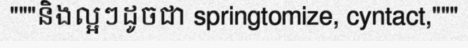
"""និងល្អៗដូចជា springtomize, cyntact,"""